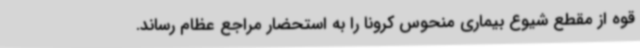
قوه از مقطع شیوع بیماری منحوس کرونا را به استحضار مراجع عظام رساند.